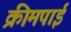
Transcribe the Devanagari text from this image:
क्रीमपाई